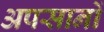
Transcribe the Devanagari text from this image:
अपसानों